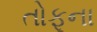
તોફૂના